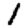
Digit: 1